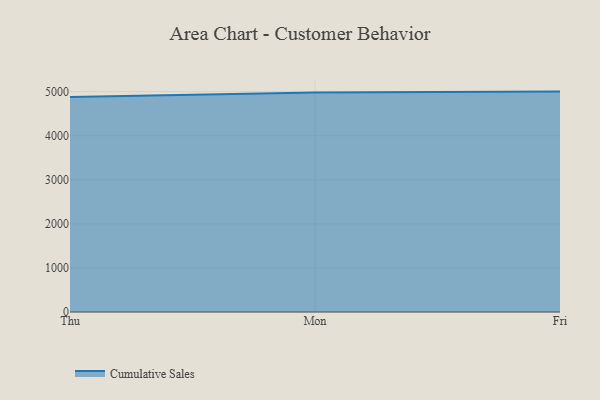
{"axis": {"x": "Day", "y": "Gross Profit (USD K)"}, "legend": ["Cumulative Sales"], "data": [{"x": "Thu", "y": 4876.8, "type": "Cumulative Sales"}, {"x": "Mon", "y": 4982.4, "type": "Cumulative Sales"}, {"x": "Fri", "y": 5000, "type": "Cumulative Sales"}]}